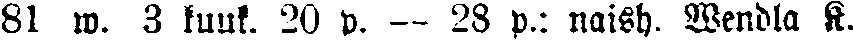
81 w. 3 kuuk. 20 p. — 28 p.: naish. Wendla R.